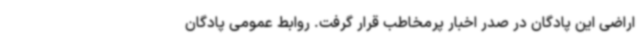
اراضی این پادگان در صدر اخبار پرمخاطب قرار گرفت. روابط عمومی پادگان